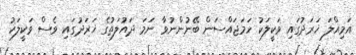
އަމިއްލަ ޚަރަދުގައި ވަކީލަކު ހަމަޖައްސަން ބޭނުންނުވާ ނަމަ ދައުލަތުގެ ޚަރަދުގައި ވެސް ވަކީލަކު